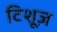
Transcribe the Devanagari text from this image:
टिशूज़